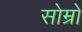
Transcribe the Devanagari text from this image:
सोम्रो